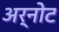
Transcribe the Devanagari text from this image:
अर्नोट